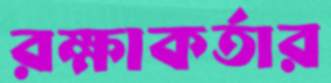
রক্ষাকর্তার